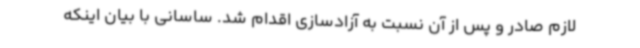
لازم صادر و پس از آن نسبت به آزادسازی اقدام شد. ساسانی با بیان اینکه